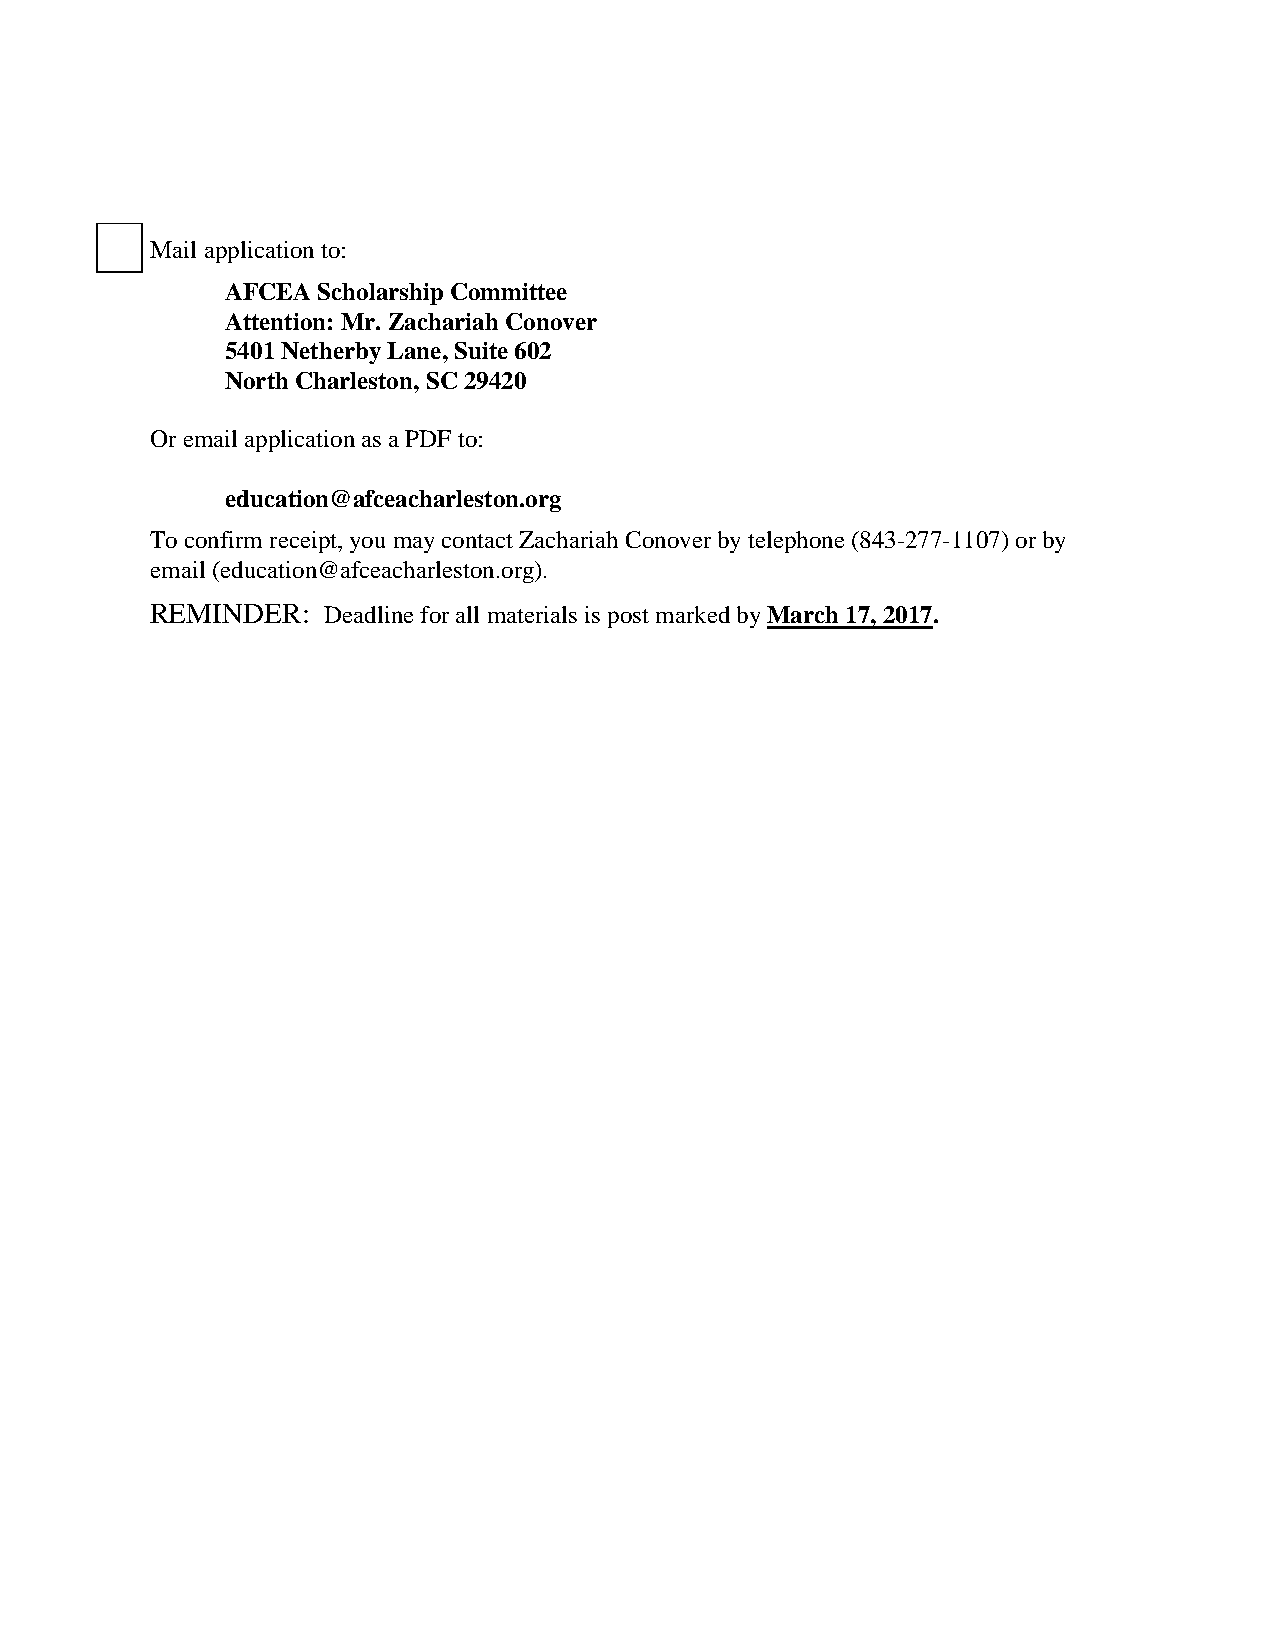
Mail application to:
 AFCEA Scholarship Committee
 Attention: Mr. Zachariah Conover
 5401 Netherby Lane, Suite 602
 North Charleston, SC 29420
 Or email application as a PDF to:
 education@afceacharleston.org
 To confirm receipt, you may contact Zachariah Conover by telephone (843-277-1107) or by
 email (education@afceacharleston.org).
 REMINDER:  Deadline for all materials is post marked by March 17, 2017.